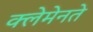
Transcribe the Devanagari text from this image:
क्लेमेनते